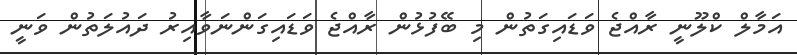
އަމާލް ކްލޫނީ ރާއްޖެ ވަޑައިގަތުން މި ބޭފުޅުން ރާއްޖެ ވަޑައިގަންނަވާއިރު ދައުލަތުން ވަނީ